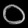
Digit: ၀